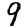
Digit: 9